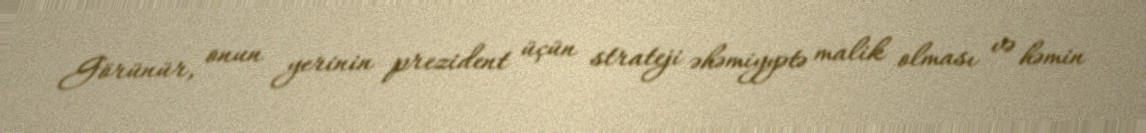
Görünür, onun yerinin prezident üçün strateji əhəmiyyətə malik olması və həmin